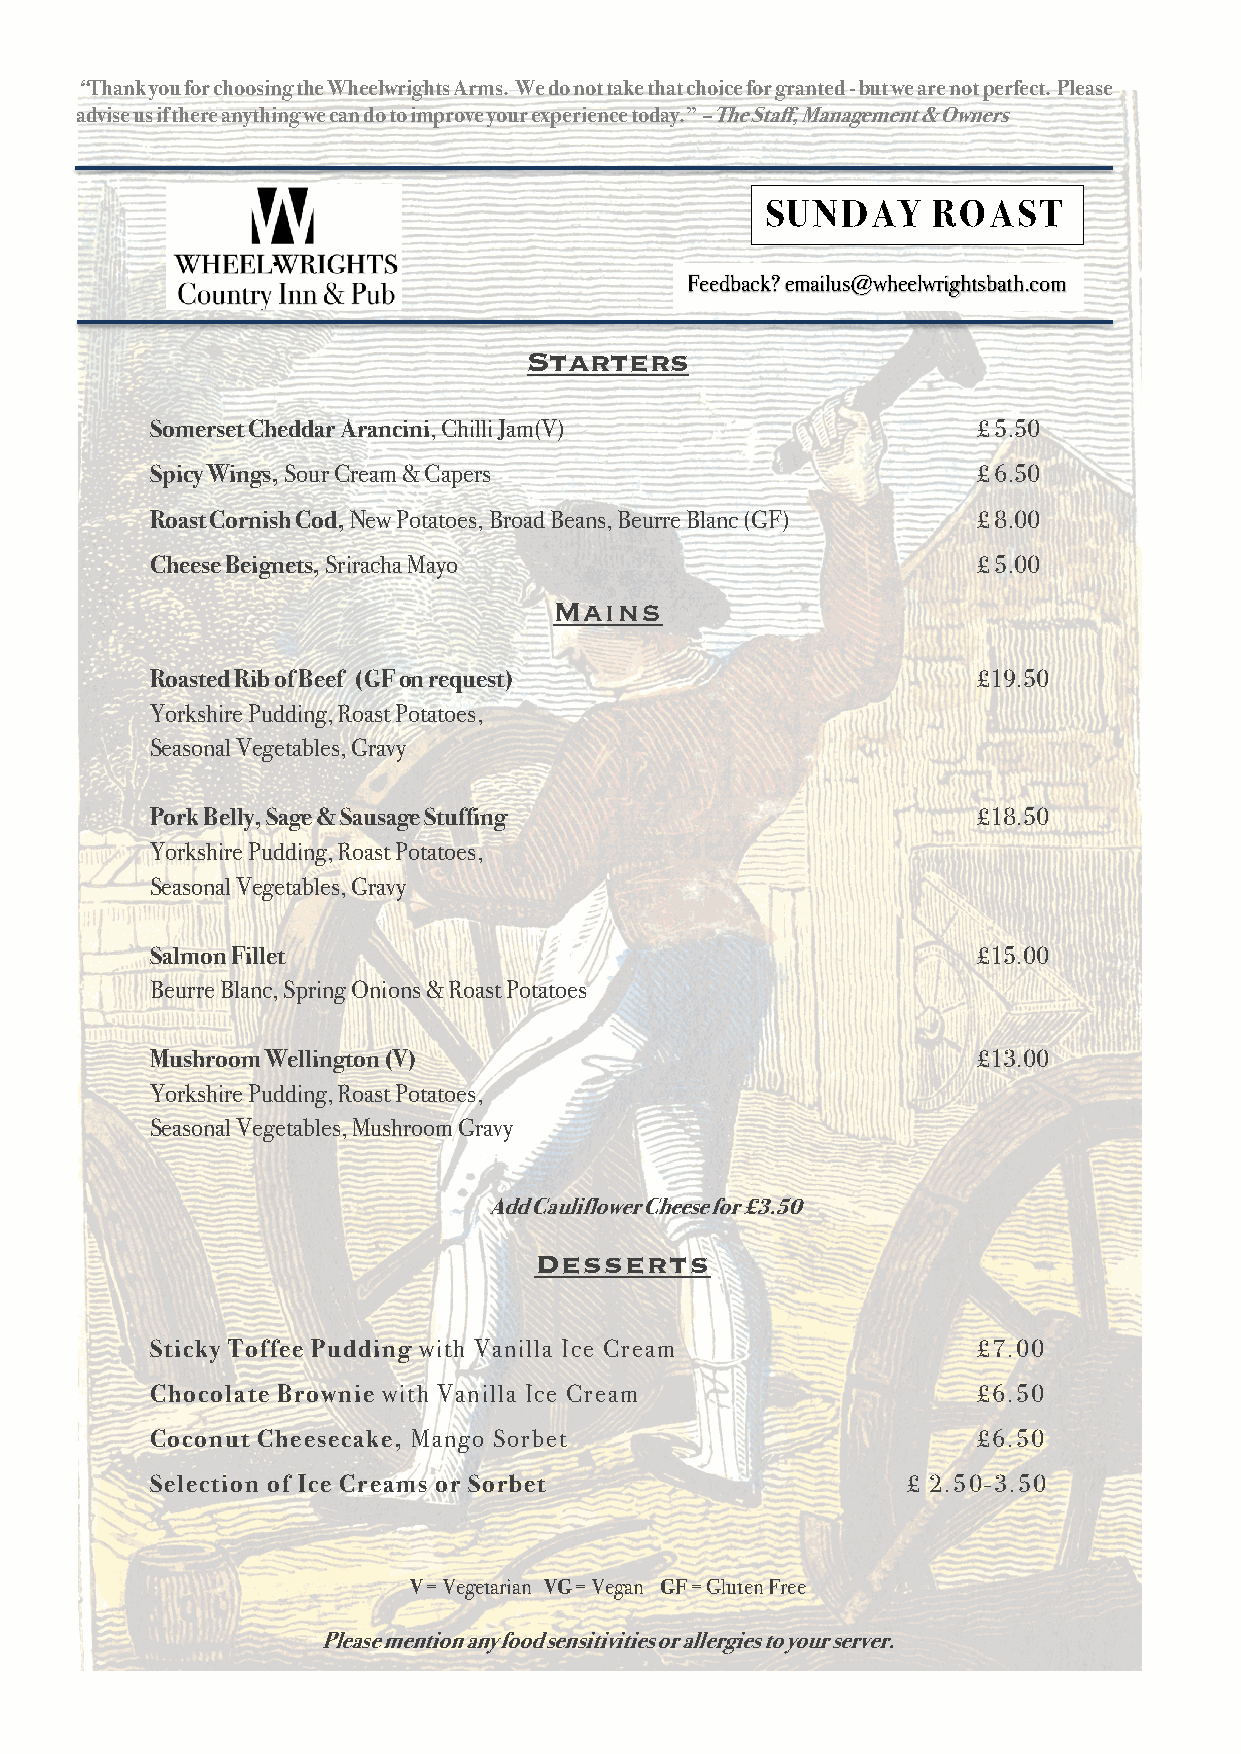
“Thank you for choosing the Wheelwrights Arms. We do not take that choice for granted - but we are not perfect. Please
 advise us if there anything we can do to improve your experience today.” – The Staff, Management & Owners
 SUNDAY     ROAST
 Feedback? emailus@wheelwrightsbath.com
 Starters
 Somerset Cheddar Arancini, Chilli Jam(V)               £ 5.50
 Spicy Wings, Sour Cream & Capers                       £ 6.50
 Roast Cornish Cod, New Potatoes, Broad Beans, Beurre Blanc (GF) £ 8.00
 Cheese Beignets, Sriracha Mayo                         £ 5.00
 Mains
 Roasted Rib of Beef (GF on request)                    £19.50
 Yorkshire Pudding, Roast Potatoes,
 Seasonal Vegetables, Gravy
 Pork Belly, Sage & Sausage Stuffing                    £18.50
 Yorkshire Pudding, Roast Potatoes,
 Seasonal Vegetables, Gravy
 Salmon Fillet                                          £15.00
 Beurre Blanc, Spring Onions & Roast Potatoes
 Mushroom Wellington (V)                                £13.00
 Yorkshire Pudding, Roast Potatoes,
 Seasonal Vegetables, Mushroom Gravy
 Add Cauliflower Cheese for £3.50
 Desserts
 Sticky Toffee Pudding with Vanilla Ice Cream           £7.00
 Chocolate Brownie with Vanilla Ice Cream               £6.50
 Coconut Cheesecake, Mango Sorbet                       £6.50
 Selection of Ice Creams or Sorbet                 £ 2.50-3.50
 V = Vegetarian VG = Vegan GF = Gluten Free
 Please mention any food sensitivities or allergies to your server.